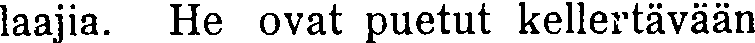
laajia. He ovat puetut kellertävään